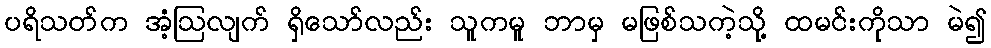
ပရိသတ်က အံ့ဩလျက် ရှိသော်လည်း သူကမူ ဘာမှ မဖြစ်သကဲ့သို့ ထမင်းကိုသာ မဲ၍